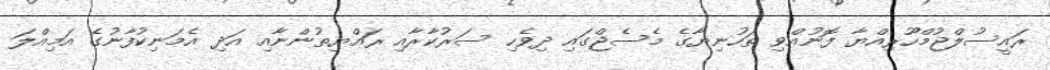
ރައީސުލްޖުމްހޫރިއްޔާ ފޮނުއްވި ތަހުނިޔާގެ މެސެޖްގައި ދިވެހި ސަރުކާރާއި ރައްޔިތުންނާއި އަދި އެމަނިކުފާނުގެ އަމިއްލަ